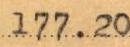
177.20